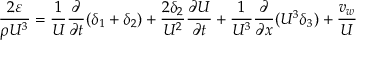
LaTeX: { \frac { 2 \varepsilon } { \rho U ^ { 3 } } } = { \frac { 1 } { U } } { \frac { \partial } { \partial t } } ( \delta _ { 1 } + \delta _ { 2 } ) + { \frac { 2 \delta _ { 2 } } { U ^ { 2 } } } { \frac { \partial U } { \partial t } } + { \frac { 1 } { U ^ { 3 } } } { \frac { \partial } { \partial x } } ( U ^ { 3 } \delta _ { 3 } ) + { \frac { v _ { w } } { U } }